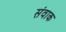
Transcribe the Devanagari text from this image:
संवाक